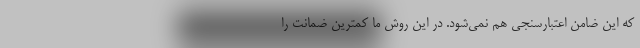
که این ضامن اعتبارسنجی هم نمی‌شود. در این روش ما کمترین ضمانت را